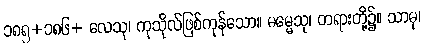
၁၈၅+၁၈၆+ လေသု၊ ကုသိုလ်ဖြစ်ကုန်သော။ ဓမ္မေသု၊ တရားတို့၌။ သာဓု၊